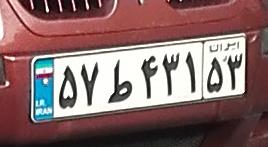
۵۷ط۴۳۱۵۳